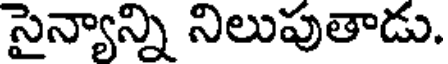
సైన్యాన్ని నిలుపుతాడు.